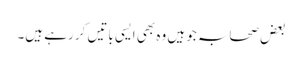
بعض صحابہ جو ہیں وہ بھی ایسی باتیں کر رہے ہیں۔